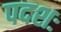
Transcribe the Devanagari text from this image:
पदशः